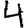
Digit: 4